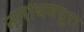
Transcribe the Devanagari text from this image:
नारायणपुरा